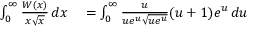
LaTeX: \begin{array} { r l r l } { \int _ { 0 } ^ { \infty } { \frac { W ( x ) } { x { \sqrt { x } } } } \, d x } & { { } = \int _ { 0 } ^ { \infty } { \frac { u } { u e ^ { u } { \sqrt { u e ^ { u } } } } } ( u + 1 ) e ^ { u } \, d u } \end{array}